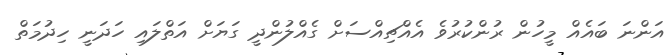
އަންނަ ބައެއް މީހުން ރުންކުރުވެ އެއްޗިއްސަށް ގެއްލުންދީ ގަޔަށް އަތްލައި ހަދަނީ ހިދުމަތް